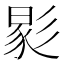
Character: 𢒧